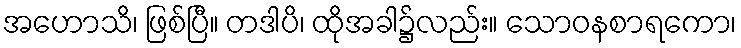
အဟောသိ၊ ဖြစ်ပြီ။ တဒါပိ၊ ထိုအခါ၌လည်း။ သောဝနစာရကော၊